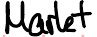
Markt